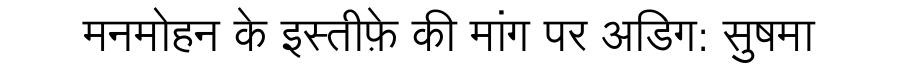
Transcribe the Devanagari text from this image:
मनमोहन के इस्तीफ़े की मांग पर अडिग: सुषमा